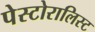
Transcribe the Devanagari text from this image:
पेस्टोरालिस्ट